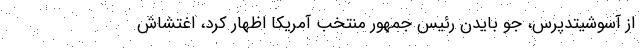
از آسوشیتدپرس، جو بایدن رئیس جمهور منتخب آمریکا اظهار کرد، اغتشاش